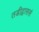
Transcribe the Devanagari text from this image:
तडीद्वाससं